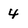
Character: 4